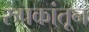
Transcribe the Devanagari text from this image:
रुपकांतून